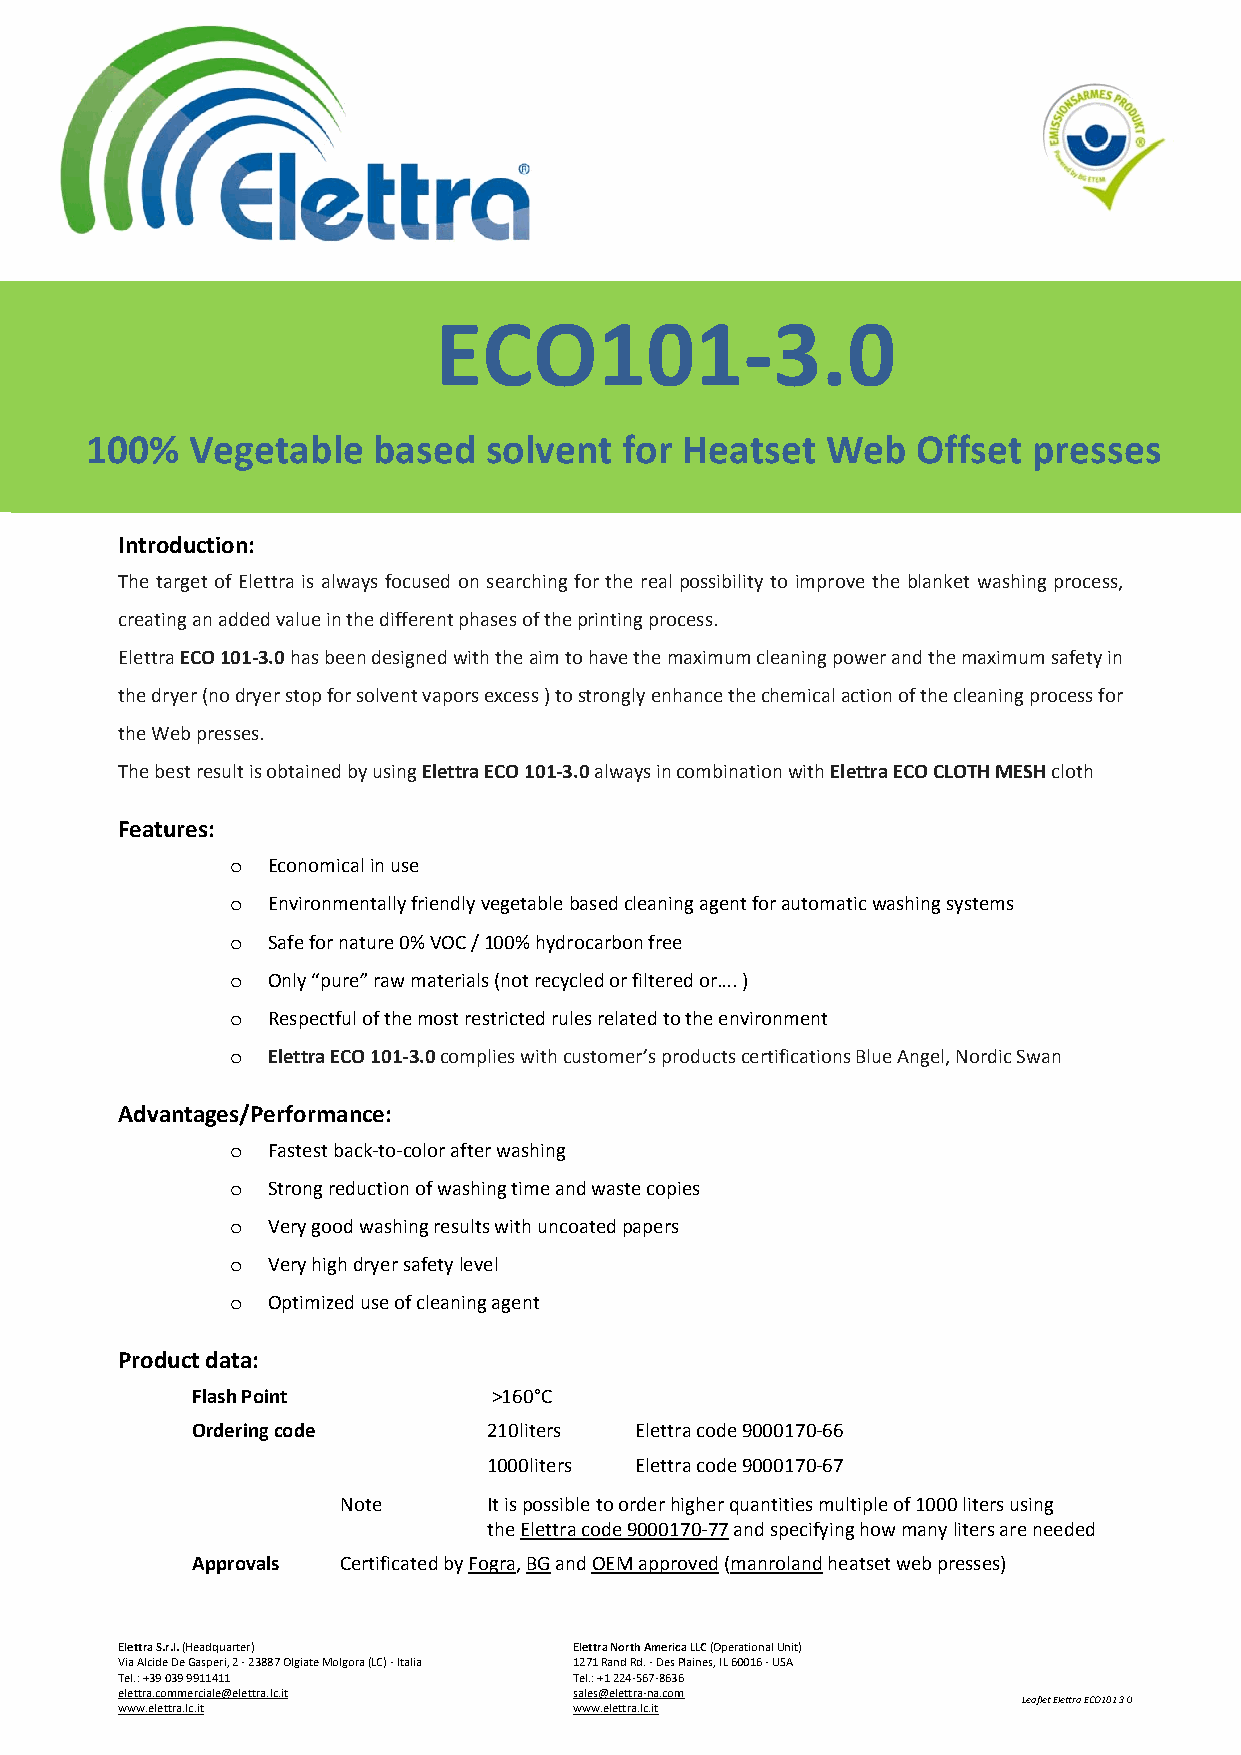
ECO101‐3.0
 100%  Vegetable    based  solvent  for Heatset   Web   Offset presses
 Introduction:
 The target of Elettra is always focused on searching for the real possibility to improve the blanket washing process,
 creating an added value in the different phases of the printing process.
 Elettra ECO 101‐3.0 has been designed with the aim to have the maximum cleaning power and the maximum safety in
 the dryer (no dryer stop for solvent vapors excess ) to strongly enhance the chemical action of the cleaning process for
 the Web presses.
 The best result is obtained by using Elettra ECO 101‐3.0 always in combination with Elettra ECO CLOTH MESH cloth
 Features:
 o  Economical in use
 o  Environmentally friendly vegetable based cleaning agent for automatic washing systems
 o  Safe for nature 0% VOC / 100% hydrocarbon free
 o  Only “pure” raw materials (not recycled or filtered or…. )
 o  Respectful of the most restricted rules related to the environment
 o  Elettra ECO 101‐3.0 complies with customer’s products certifications Blue Angel, Nordic Swan
 Advantages/Performance:
 o  Fastest back‐to‐color after washing
 o  Strong reduction of washing time and waste copies
 o  Very good washing results with uncoated papers
 o  Very high dryer safety level
 o  Optimized use of cleaning agent
 Product data:
 Flash Point         >160°C
 Ordering code      210liters Elettra code 9000170‐66
 1000liters Elettra code 9000170‐67
 Note      It is possible to order higher quantities multiple of 1000 liters using
 the Elettra code 9000170‐77 and specifying how many liters are needed
 Approvals Certificated by Fogra, BG and OEM approved (manroland heatset web presses)
 Elettra S.r.l. (Headquarter)  Elettra North America LLC (Operational Unit)
 Via Alcide De Gasperi, 2 ‐ 23887 Olgiate Molgora (LC) ‐ Italia 1271 Rand Rd. ‐ Des Plaines, IL 60016 ‐ USA
 Tel.: +39 039 9911411         Tel.: +1 224‐567‐8636
 elettra.commerciale@elettra.lc.it sales@elettra‐na.com
 Leaflet Elettra ECO101 3 0_EN
 www.elettra.lc.it             www.elettra.lc.it